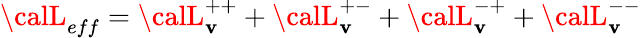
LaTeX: {\calL}_{eff}={\calL}_{\mathbf{v}}^{++}+{\calL}_{\mathbf{v}}^{+-}+{\calL}_{\mathbf{v}}^{-+}+{\calL}_{\mathbf{v}}^{--}